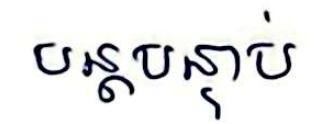
បន្តបន្ទាប់